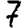
Digit: 7